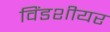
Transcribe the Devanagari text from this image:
विंडशीयर